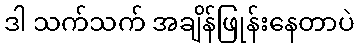
ဒါ သက်သက် အချိန်ဖြုန်းနေတာပဲ